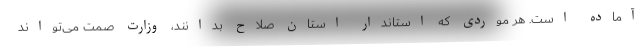
آماده است. هر موردی که استاندار استان صلاح بدانند، وزارت صمت می‌تواند